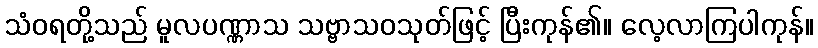
သံဝရတို့သည် မူလပဏ္ဏာသ သဗ္ဗာသဝသုတ်ဖြင့် ပြီးကုန်၏။ လေ့လာကြပါကုန်။